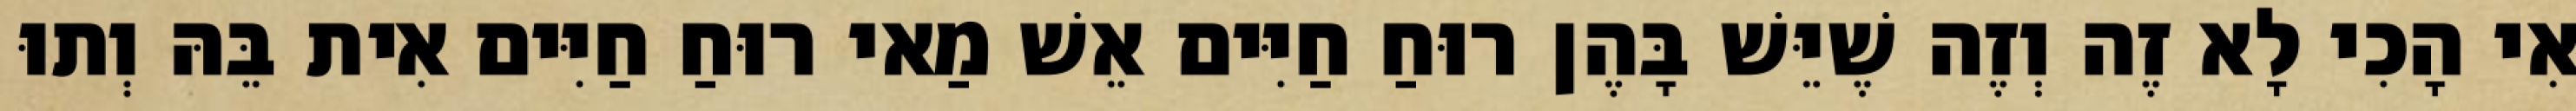
אִי הָכִי לָא זֶה וְזֶה שֶׁיֵּשׁ בָּהֶן רוּחַ חַיִּים אֵשׁ מַאי רוּחַ חַיִּים אִית בֵּהּ וְתוּ